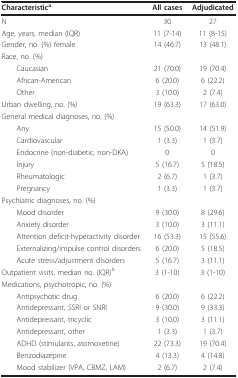
<table><thead><tr><td><b>Characteristic<sup>a</sup></b></td><td><b>All cases</b></td><td><b>Adjudicated</b></td></tr></thead><tbody><tr><td>N</td><td>30</td><td>27</td></tr><tr><td>Age, years, median (IQR)</td><td>11 (7-14)</td><td>11 (8-15)</td></tr><tr><td>Gender, no. (%) female</td><td>14 (46.7)</td><td>13 (48.1)</td></tr><tr><td>Race, no. (%)</td><td></td><td></td></tr><tr><td> Caucasian</td><td>21 (70.0)</td><td>19 (70.4)</td></tr><tr><td> African-American</td><td>6 (20.0)</td><td>6 (22.2)</td></tr><tr><td> Other</td><td>3 (10.0)</td><td>2 (7.4)</td></tr><tr><td>Urban dwelling, no. (%)</td><td>19 (63.3)</td><td>17 (63.0)</td></tr><tr><td>General medical diagnoses, no. (%)</td><td></td><td></td></tr><tr><td> Any</td><td>15 (50.0)</td><td>14 (51.9)</td></tr><tr><td> Cardiovascular</td><td>1 (3.3)</td><td>1 (3.7)</td></tr><tr><td> Endocrine (non-diabetic, non-DKA)</td><td>0</td><td>0</td></tr><tr><td> Injury</td><td>5 (16.7)</td><td>5 (18.5)</td></tr><tr><td> Rheumatologic</td><td>2 (6.7)</td><td>1 (3.7)</td></tr><tr><td> Pregnancy</td><td>1 (3.3)</td><td>1 (3.7)</td></tr><tr><td>Psychiatric diagnoses, no. (%)</td><td></td><td></td></tr><tr><td> Mood disorder</td><td>9 (30.0)</td><td>8 (29.6)</td></tr><tr><td> Anxiety disorder</td><td>3 (10.0)</td><td>3 (11.1)</td></tr><tr><td> Attention deficit-hyperactivity disorder</td><td>16 (53.3)</td><td>15 (55.6)</td></tr><tr><td> Externalizing/impulse control disorders</td><td>6 (20.0)</td><td>5 (18.5)</td></tr><tr><td> Acute stress/adjustment disorders</td><td>5 (16.7)</td><td>3 (11.1)</td></tr><tr><td>Outpatient visits, median no. (IQR)<sup>b</sup></td><td>3 (1-10)</td><td>3 (1-10)</td></tr><tr><td>Medications, psychotropic, no. (%)</td><td></td><td></td></tr><tr><td> Antipsychotic drug</td><td>6 (20.0)</td><td>6 (22.2)</td></tr><tr><td> Antidepressant, SSRI or SNRI</td><td>9 (30.0)</td><td>9 (33.3)</td></tr><tr><td> Antidepressant, tricyclic</td><td>3 (10.0)</td><td>3 (11.1)</td></tr><tr><td> Antidepressant, other</td><td>1 (3.3)</td><td>1 (3.7)</td></tr><tr><td> ADHD (stimulants, atomoxetine)</td><td>22 (73.3)</td><td>19 (70.4)</td></tr><tr><td> Benzodiazepine</td><td>4 (13.3)</td><td>4 (14.8)</td></tr><tr><td> Mood stabilizer (VPA, CBMZ, LAM)</td><td>2 (6.7)</td><td>2 (7.4)</td></tr></tbody></table>